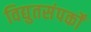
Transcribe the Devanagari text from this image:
विद्युतसंपर्कों